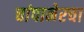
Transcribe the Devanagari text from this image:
चांपानेरचा